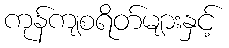
ကုန်ကျစရိတ်များနှင့်